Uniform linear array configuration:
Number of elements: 8
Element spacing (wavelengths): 0.75
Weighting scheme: binomial
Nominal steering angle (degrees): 45
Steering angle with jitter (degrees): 45.467
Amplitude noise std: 0.05
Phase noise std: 0.05

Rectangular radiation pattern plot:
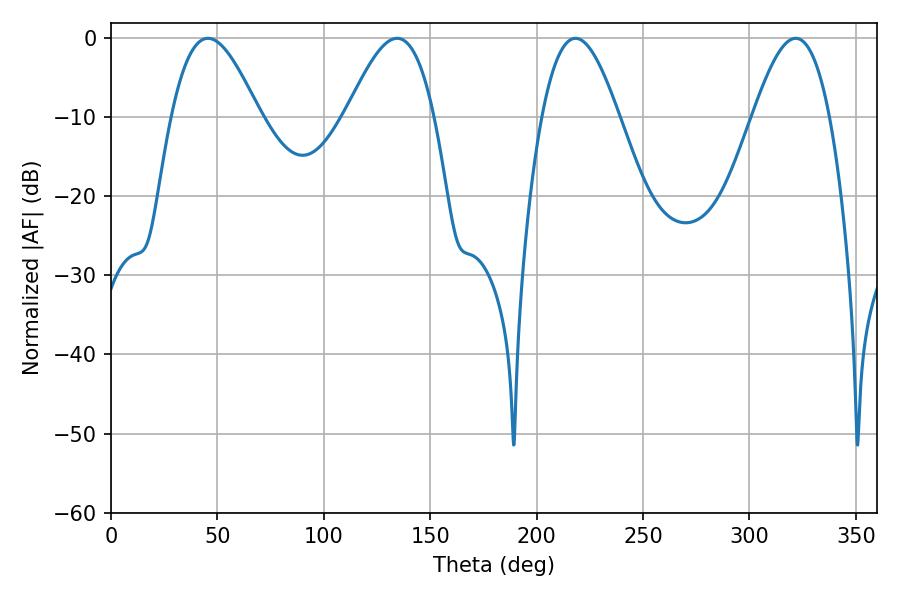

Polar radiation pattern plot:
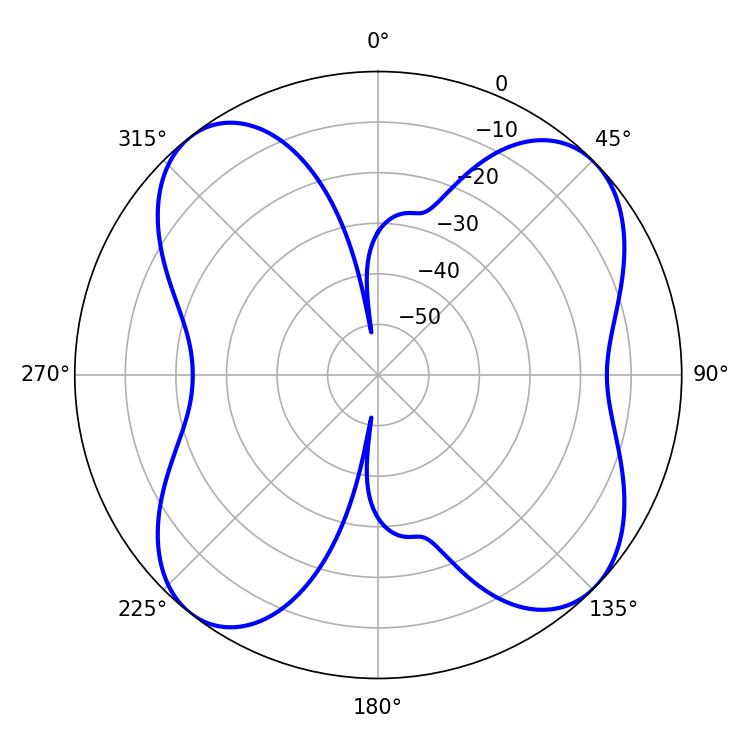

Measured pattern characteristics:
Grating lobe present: TRUE
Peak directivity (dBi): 10.843
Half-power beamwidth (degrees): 22.14
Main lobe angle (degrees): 45.54